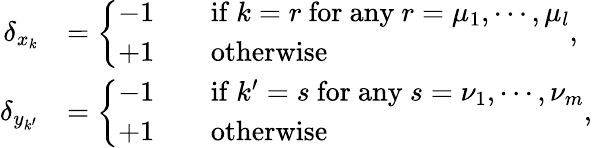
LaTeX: \begin{array}{rl}{\delta_{x_{k}}}&{=\left\{ \begin{array}{lll}{-1}&&{\mathrm{if}\ k=r\ \mathrm{for\ any}\ r=\mu_{1},\cdots,\mu_{l}}\\ {+1}&&{\mathrm{otherwise}}\end{array}\right.,}\\ {\delta_{y_{k^{\prime}}}}&{=\left\{ \begin{array}{lll}{-1}&&{\mathrm{if}\ k^{\prime}=s\ \mathrm{for\ any}\ s=\nu_{1},\cdots,\nu_{m}}\\ {+1}&&{\mathrm{otherwise}}\end{array}\right.,}\end{array}